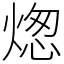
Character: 㷓